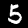
Digit: 5